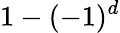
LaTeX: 1-(-1)^{d}